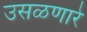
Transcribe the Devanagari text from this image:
उसळणारे